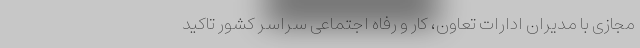
مجازی با مدیران ادارات تعاون، کار و رفاه اجتماعی سراسر کشور تاکید